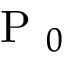
\mathrm { ~ P ~ } _ { 0 }